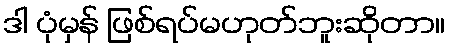
ဒါ ပုံမှန် ဖြစ်ရပ်မဟုတ်ဘူးဆိုတာ။